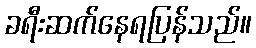
ခရီးဆက်နေရပြန်သည်။